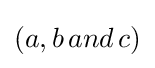
(a,b\,and\,c)